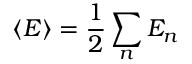
\langle E \rangle = { \frac { 1 } { 2 } } \sum _ { n } E _ { n }